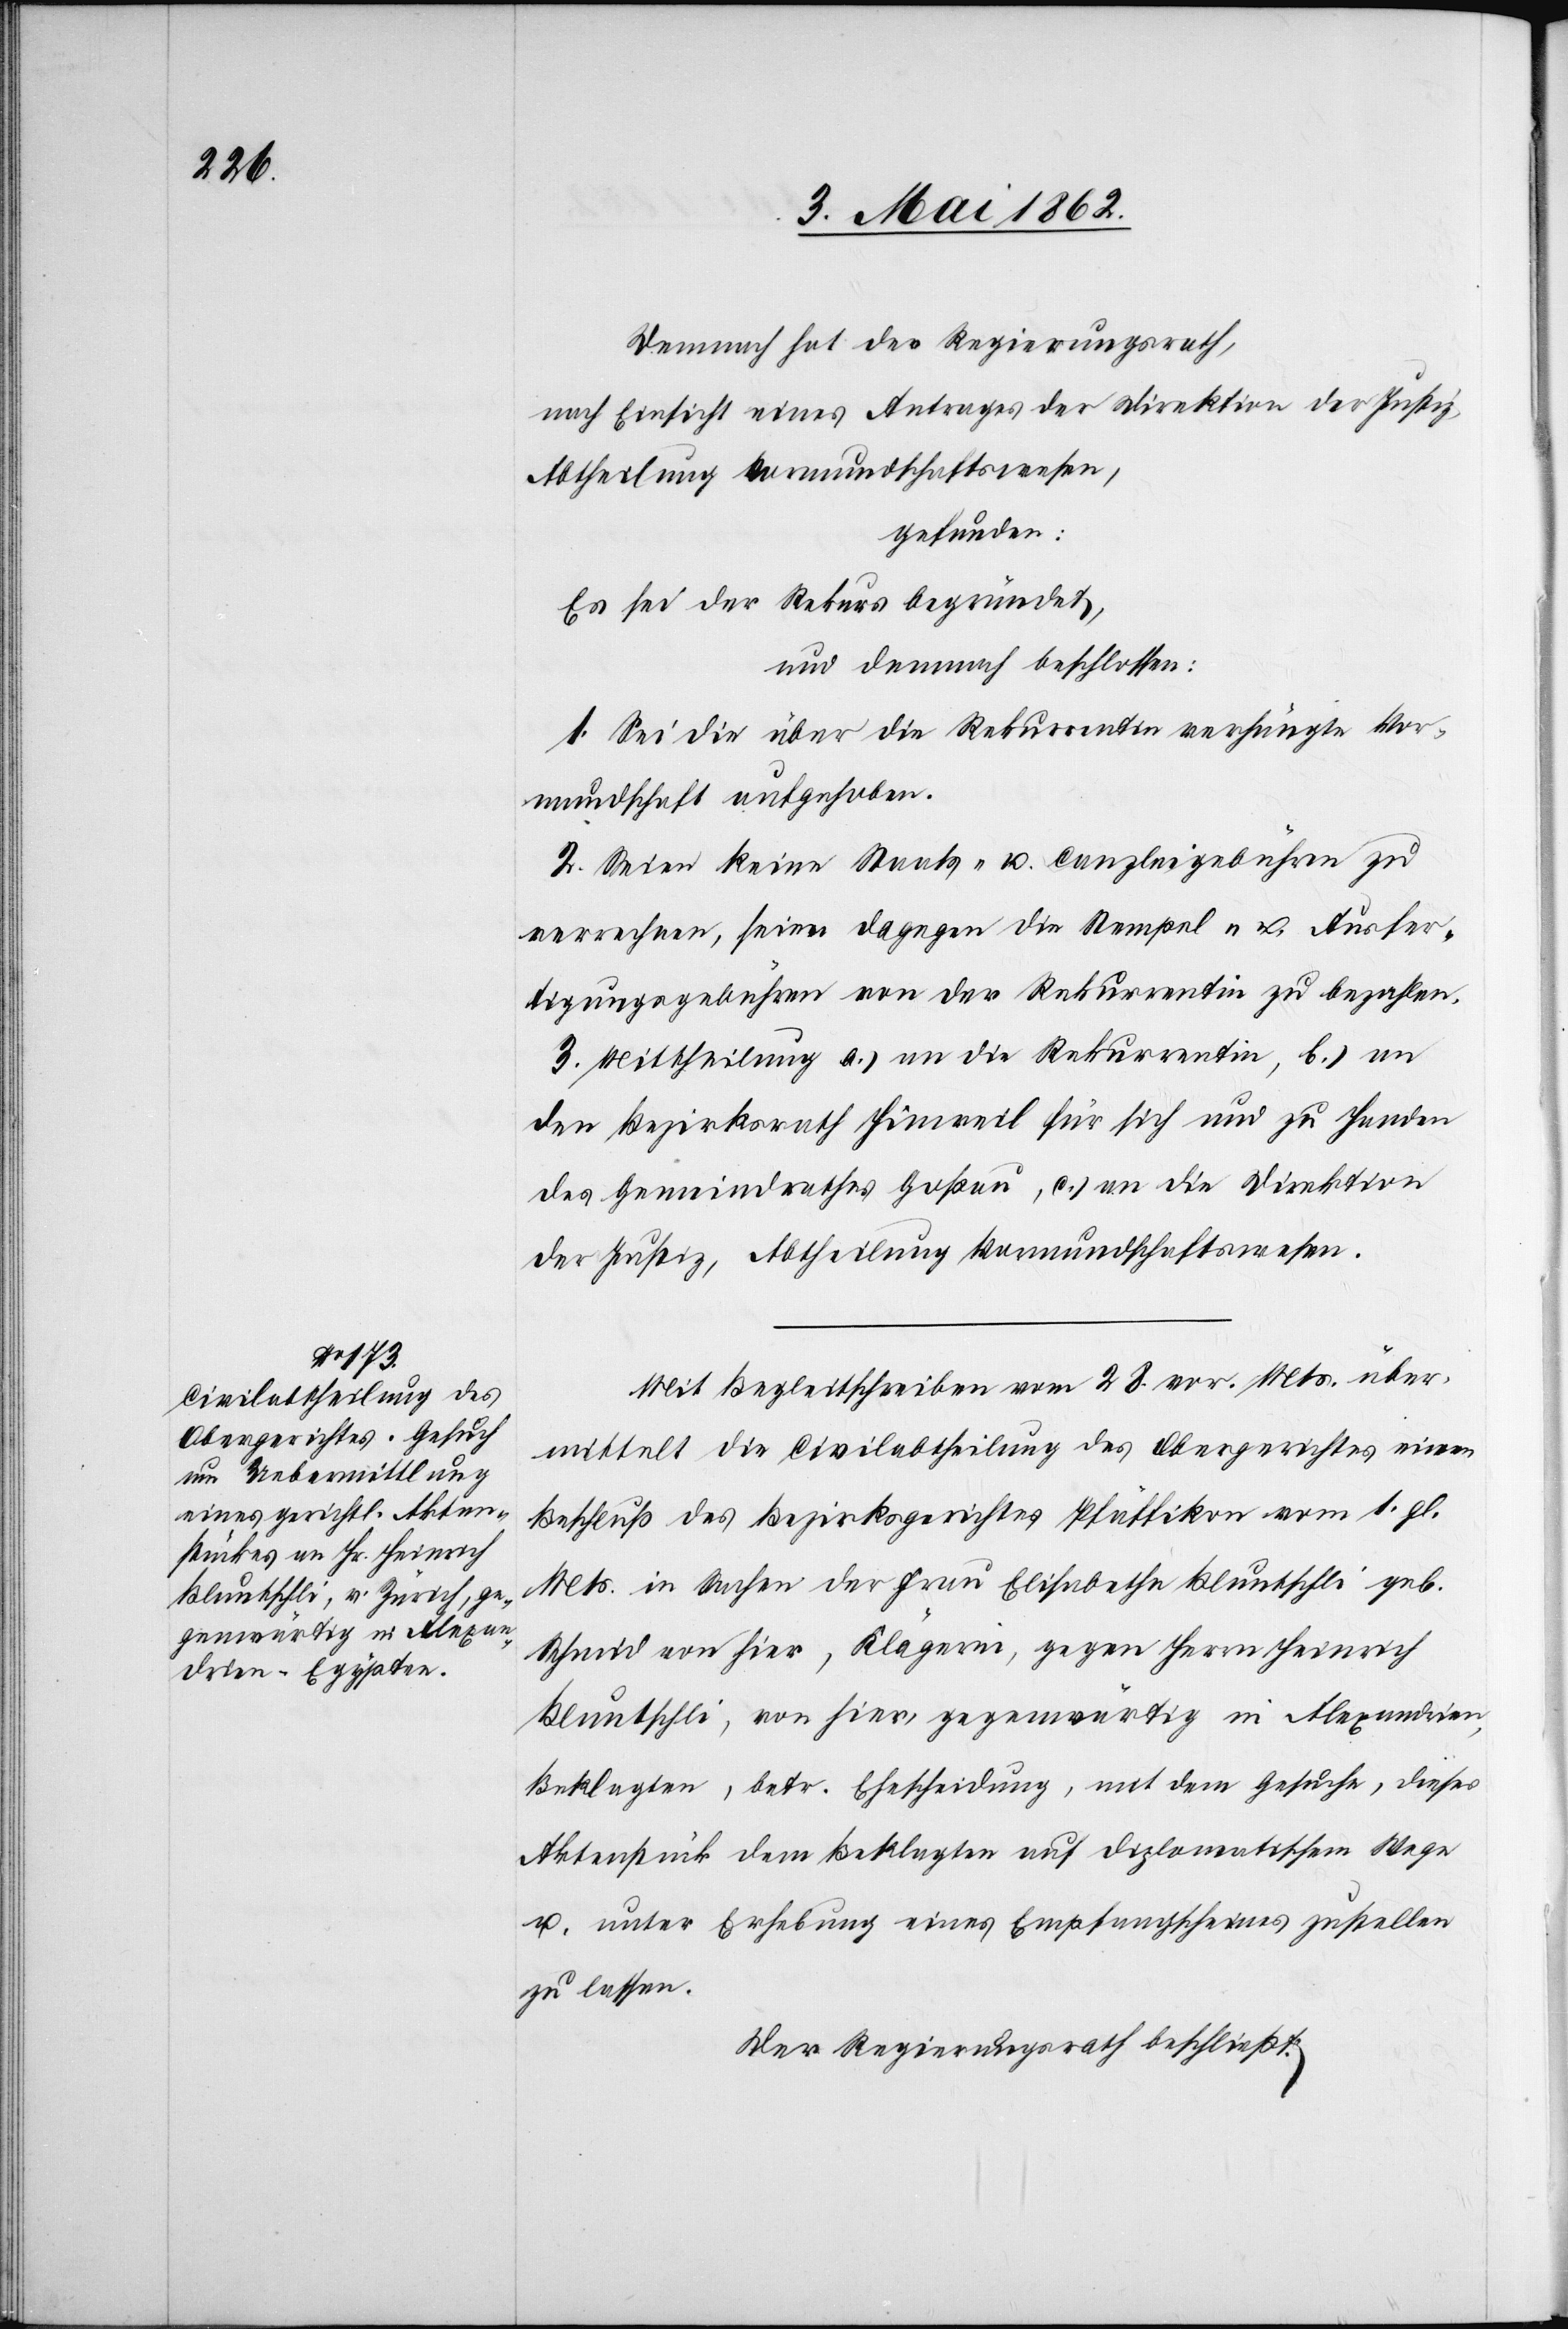
Demnach hat der Regierungsrath,
nach Einsicht eines Antrages der Direktion der Justiz,
Abtheilung Vormundschaftswesen,
gefunden:
Es sei der Rekurs begründet,
und demnach beschlossen:
1. Sei die über die Rekurrentin verhängte Vor¬
mundschaft aufgehoben.
2. Seien keine Staats- u. Canzleigebühren zu
verrechnen, sowie dagegen die Stempel- u. Ausfer¬
tigungsgebühren von der Rekurrentin zu bezahlen.
3. Mittheilung a) an die Rekurrentin, b) an
den Bezirksrath Hinweil für sich und zu Handen
des Gemeindrathes Goßau, c) an die Direktion
der Justiz, Abtheilung Vormundschaftswesen.
Mit Begleitschreiben vom 28. vor. Mts. über¬
mittelt die Civilabtheilung des Obergerichtes einen
Beschluß des Bezirksgerichtes Pfäffikon vom 1. gl.
Mts. in Sachen der Frau Elisabetha Bluntschli geb.
Schmid von hier, Klägerin, gegen Herrn Heinrich
Bluntschli, von hier, gegenwärtig in Alexandrien,
Beklagten, betr. Ehescheidung, mit dem Gesuche, dieses
Aktenstück dem Beklagten auf diplomatischem Wege
u. unter Erhebung eines Empfangscheines zustellen
zu lassen.
Der Regierungsrath beschließt: